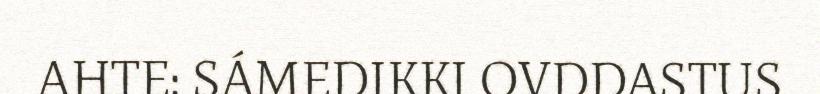
AHTE: SÁMEDIKKI OVDDASTUS